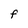
Character: F